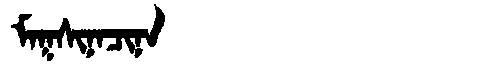
Manchu: ᠮᠠᡴᠰᡳᠨᠠᠴᡳᠨᠠ
Romanization: MAKSINACINA